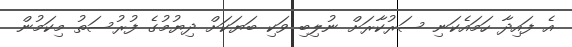
އެ ފައިދާ ހަމައެކަނި ސަރުކާރަށް ނުލިބި ވަކި ބަޔަކަށް ދިޔުމުގެ ފުރުސަތު މިކަމުން